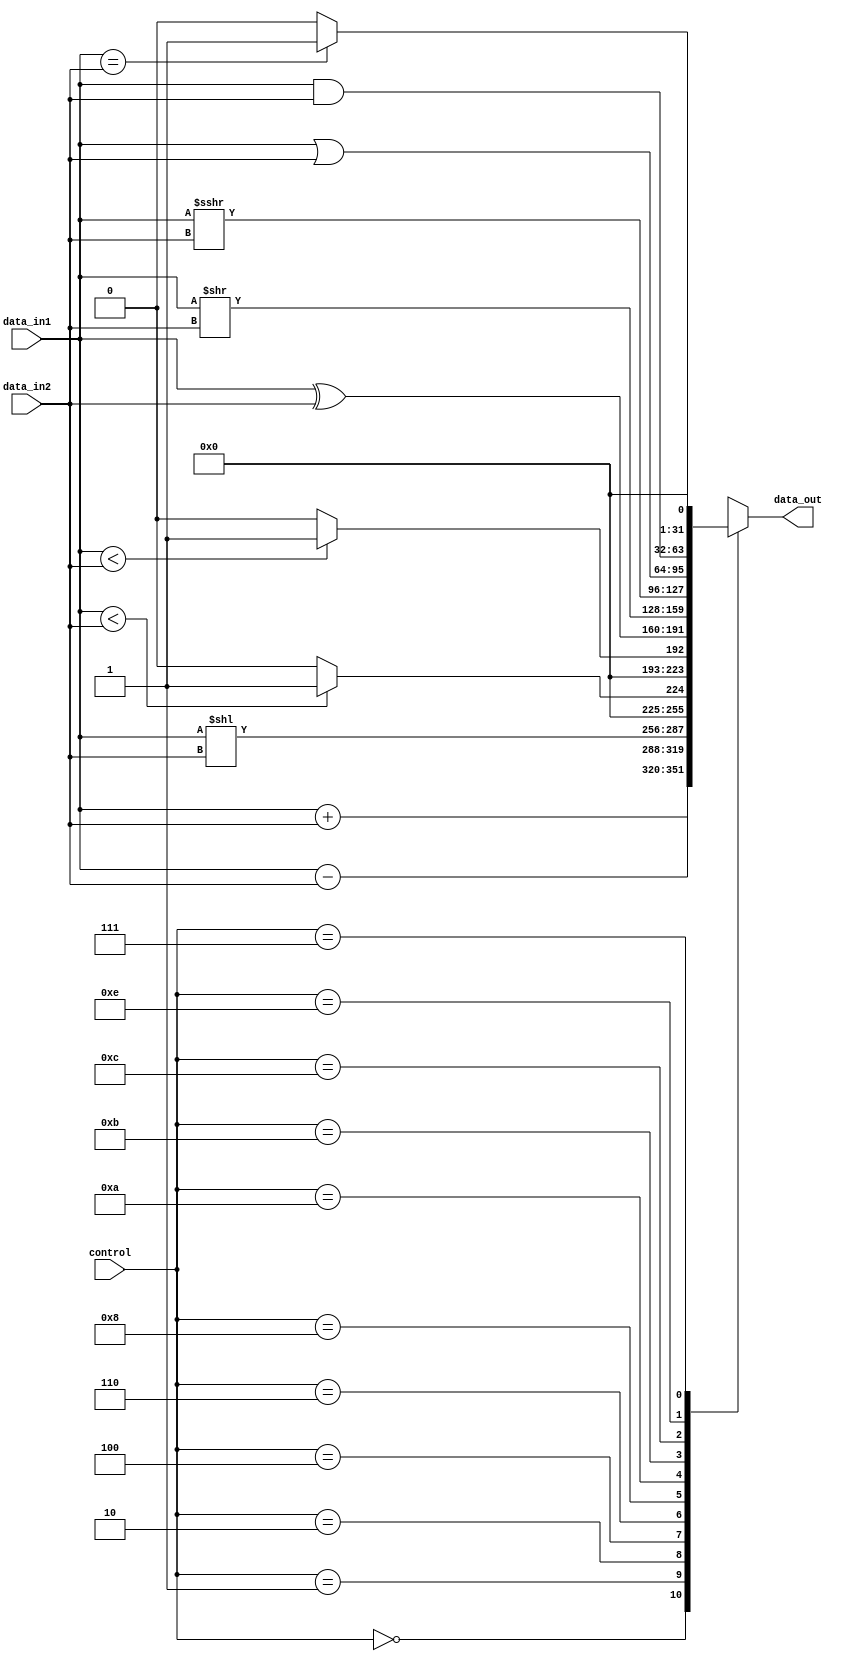
module alu(control, data_in1, data_in2, data_out);

   //Inputs & outputs
   input wire [3:0] control;
   input wire [31:0] data_in1, data_in2;
   output reg [31:0] data_out;

   //Functional block   
   always @*
      case (control)
         4'b0000: data_out = data_in1 + data_in2; //add
         4'b0001: data_out = data_in1 - data_in2; //sub
         4'b0010: data_out = data_in1 << data_in2; //sll
         4'b0100: data_out = ($signed(data_in1) < $signed(data_in2))? 32'h00000001:32'h00000000; //slt
         4'b0110: data_out = (data_in1 < data_in2)? 32'h00000001:32'h00000000; //sltu
         4'b1000: data_out = data_in1 ^ data_in2; //xor
         4'b1010: data_out = data_in1 >> data_in2; //slr
         4'b1011: data_out = $signed(data_in1) >>> data_in2; //sra
         4'b1100: data_out = data_in1 | data_in2; //or
         4'b1110: data_out = data_in1 & data_in2; //and
         4'b0111: data_out = (data_in1 == data_in2)? 32'h00000001:32'h00000000; //seq
         default: data_out = 32'hxxxxxxxx;
      endcase
endmodule